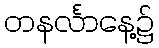
တနင်္လာနေ့၌